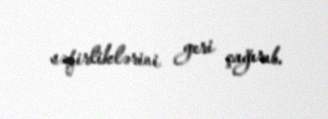
səfirliklərini geri çağırıb.